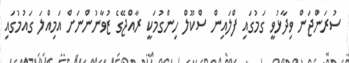
ސުރަންޖަން ވިދާޅުވީ ގަމުގައި ފްލައިން ސްކޫލް ހިންގުމަކީ ރާއްޖޭގެ ޒުވާނުންނަށް އަމިއްލަ ގައުމުގައި